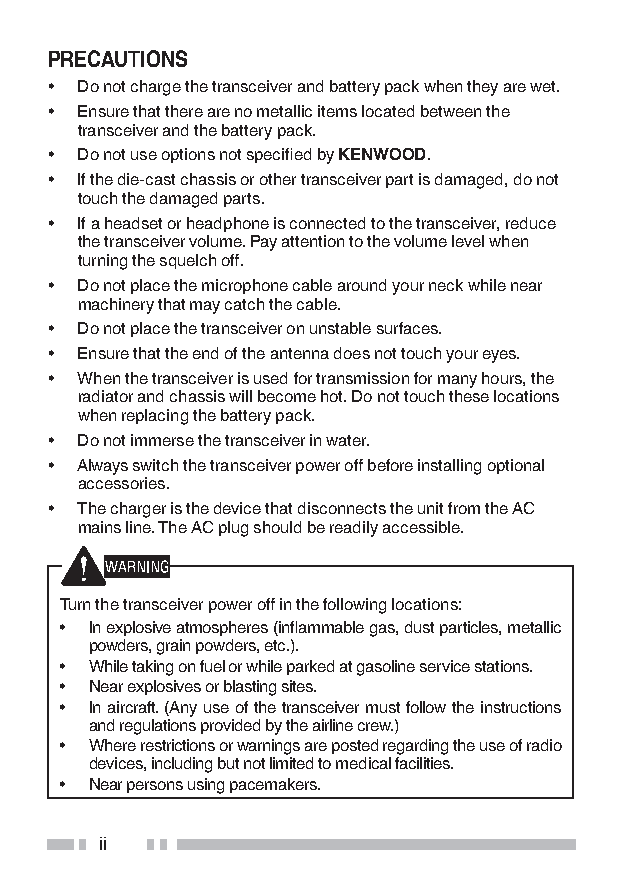
PrecaUtioNs
 • Do not charge the transceiver and battery pack when they are wet.
 • Ensure that there are no metallic items located between the
 transceiver and the battery pack.
 • Do not use options not specified by KeNWooD.
 • If the die-cast chassis or other transceiver part is damaged, do not
 touch the damaged parts.
 • If a headset or headphone is connected to the transceiver, reduce
 the transceiver volume. Pay attention to the volume level when
 turning the squelch off.
 • Do not place the microphone cable around your neck while near
 machinery that may catch the cable.
 • Do not place the transceiver on unstable surfaces.
 • Ensure that the end of the antenna does not touch your eyes.
 • When the transceiver is used for transmission for many hours, the
 radiator and chassis will become hot. Do not touch these locations
 when replacing the battery pack.
 • Do not immerse the transceiver in water.
 • Always switch the transceiver power off before installing optional
 accessories.
 • The charger is the device that disconnects the unit from the AC
 mains line. The AC plug should be readily accessible.
 Turn the transceiver power off in the following locations:
 • In explosive atmospheres (inflammable gas, dust particles, metallic
 powders, grain powders, etc.).
 • While taking on fuel or while parked at gasoline service stations.
 • Near explosives or blasting sites.
 • In aircraft. (Any use of the transceiver must follow the instructions
 and regulations provided by the airline crew.)
 • Where restrictions or warnings are posted regarding the use of radio
 devices, including but not limited to medical facilities.
 • Near persons using pacemakers.
 ii